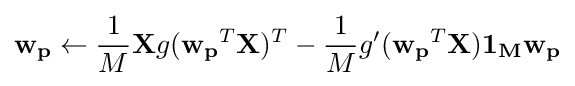
\mathbf {w_{p}} \leftarrow {\frac {1}{M}}\mathbf {X} g(\mathbf {w_{p}} ^{T}\mathbf {X} )^{T}-{\frac {1}{M}}g'(\mathbf {w_{p}} ^{T}\mathbf {X} )\mathbf {1_{M}} \mathbf {w_{p}}